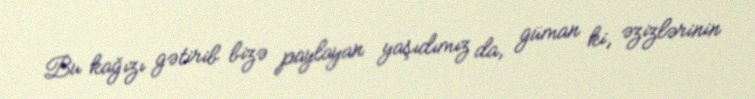
Bu kağızı gətirib bizə paylayan yaşıdımız da, güman ki, əzizlərinin